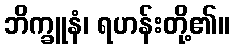
ဘိက္ခူနံ၊ ရဟန်းတို့၏။